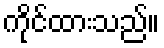
ကိုင်ထားသည်။